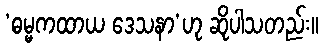
‘ဓမ္မကထာယ ဒေသနာ’ဟု ဆိုပါသတည်း။